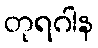
တုရဂါန